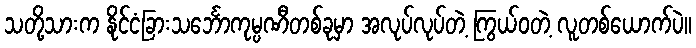
သတို့သားက နိုင်ငံခြားသင်္ဘောကုမ္ပဏီတစ်ခုမှာ အလုပ်လုပ်တဲ့ ကြွယ်ဝတဲ့ လူတစ်ယောက်ပဲ။